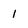
Character: 1